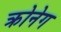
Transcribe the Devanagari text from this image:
क्रोनेग